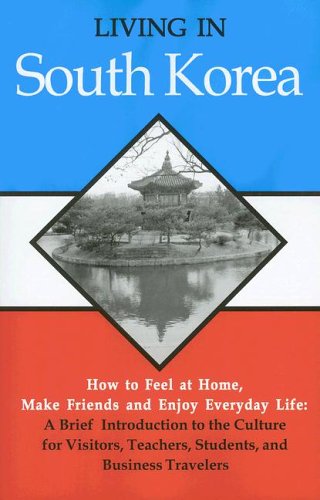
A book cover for Living in South Korea: How To Feel at Home, Make Friends and Enjoy Everyday Life; Rob Whyte; Travel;